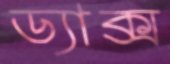
ড্যাক্স